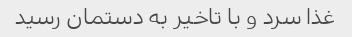
غذا سرد و با تاخیر به دستمان رسید